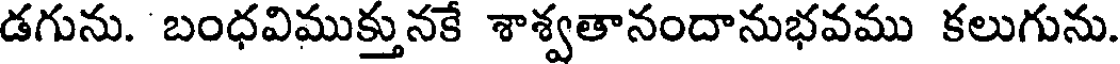
డగును. బంధవిముక్తునకే శాశ్వతానందానుభవము కలుగును.